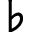
\flat